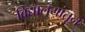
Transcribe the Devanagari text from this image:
विद्यालयांतून